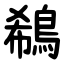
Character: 鵗